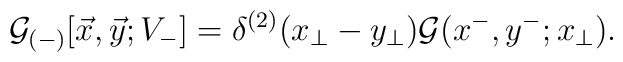
{\cal G}_{(-)}[\vec{x},\vec{y};V_-] = \delta^{(2)}(x_{\perp}-y_{\perp}){\cal G} (x^- , y^-; x_\perp) .